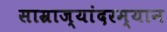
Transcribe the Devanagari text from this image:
साम्राज्यांदरम्यान